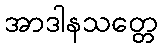
အာဒါနသတ္တေ